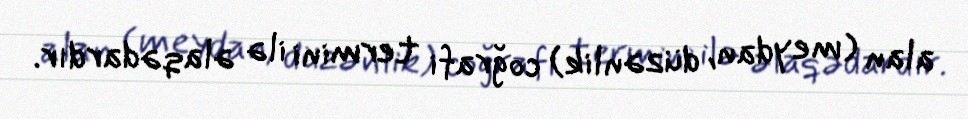
alan (meydan, düzənlik) coğrafi termini ilə əlaqədardır.